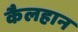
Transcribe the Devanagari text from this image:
कैलहान